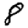
Digit: 8